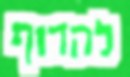
להדוף